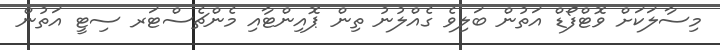
މިސާލަކަށް ވޮޓްފޯޑް އަތުން ބަލިވެ ގެއްލުނު ތިން ޕޮއިންޓާއި މެންޗެސްޓަރ ސިޓީ އަތުން